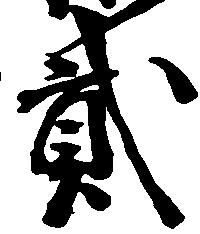
貳